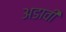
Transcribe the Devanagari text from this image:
अडावी